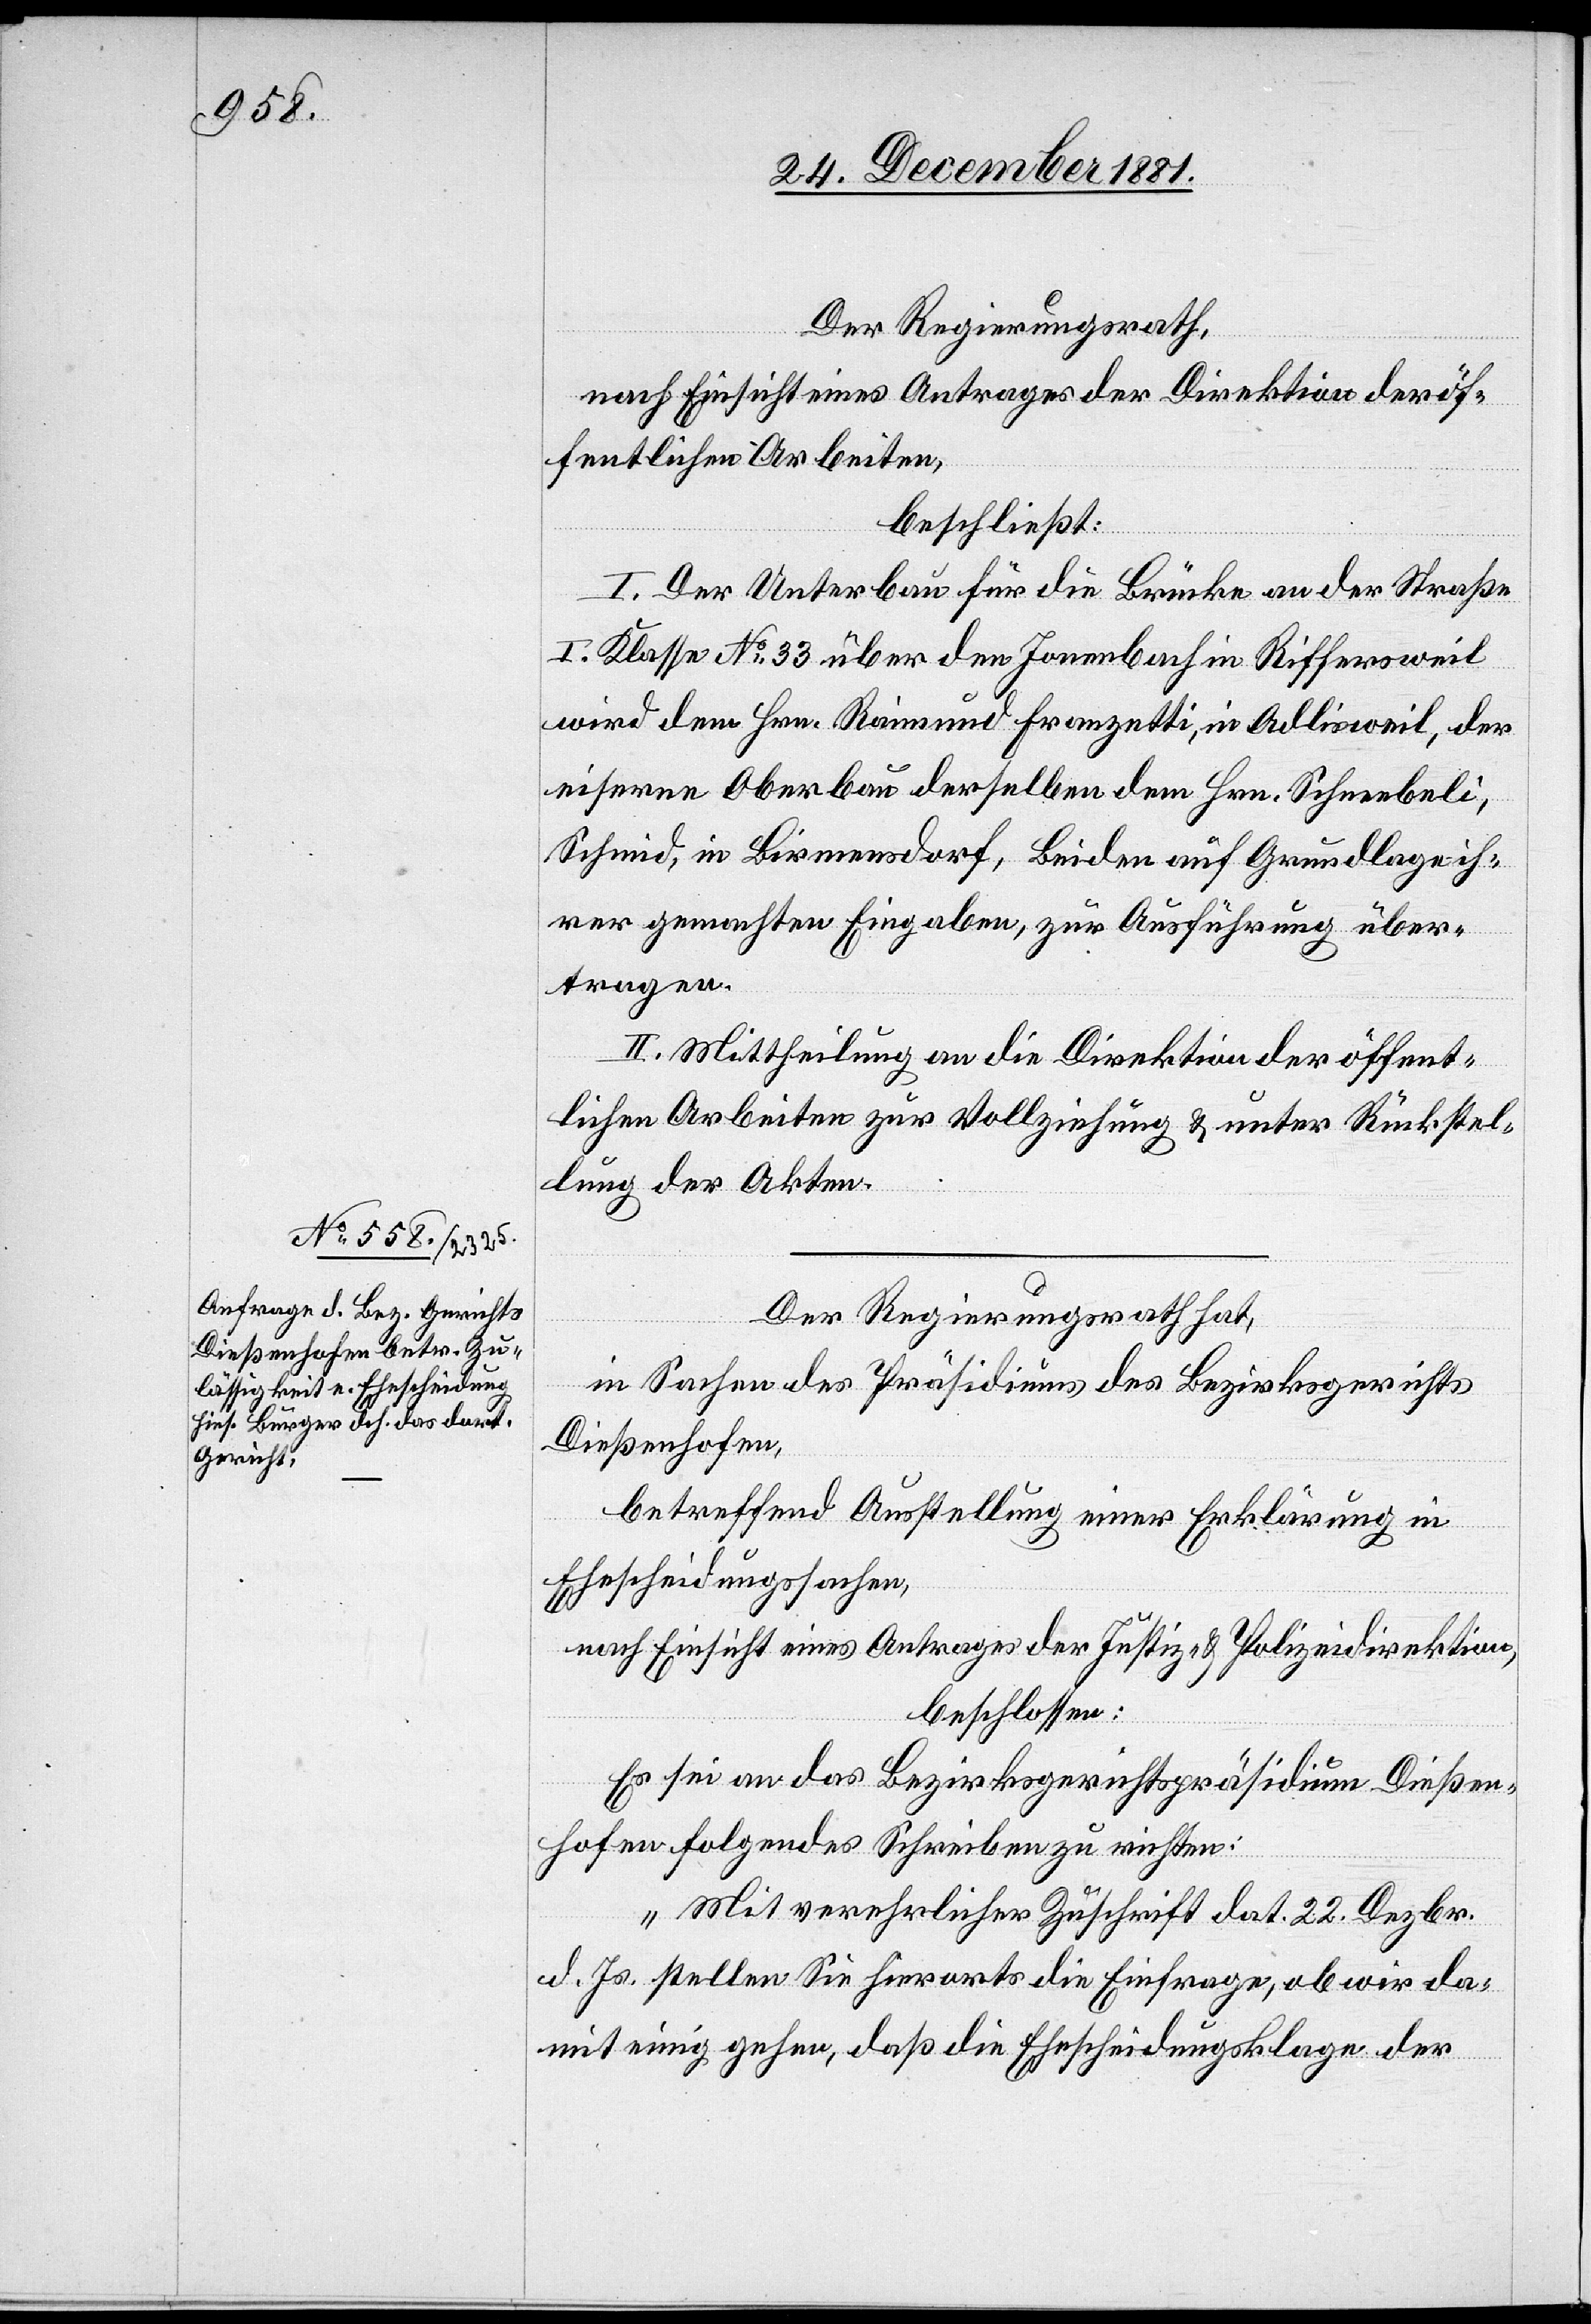
Der Regierungsrath,
nach Einsicht eines Antrages der Direktion der öf¬
fentlichen Arbeiten,
beschließt:
I. Der Unterbau für die Brücke an der Straße
I. Klasse No 33 über den Jonenbach in Riffersweil
wird dem Hrn. Raimund Franzetti, in Adlisweil, der
eiserne Oberbau derselben dem Hrn. Schneebeli,
Schmid, in Birmensdorf, Beiden auf Grundlage ih¬
rer gemachten Eingaben, zur Ausführung über¬
tragen.
II. Mittheilung an die Direktion der öffent¬
lichen Arbeiten zur Vollziehung & unter Rückstel¬
lung der Akten.
Der Regierungsrath hat,
in Sachen des Präsidiums des Bezirksgerichts
Dießenhofen,
betreffend Ausstellung einer Erklärung in
Ehescheidungssachen,
nach Einsicht eines Antrages der Justiz- & Polizeidirektion,
beschlossen:
Es sei an das Bezirksgerichtspräsidium Dießen¬
hofen folgendes Schreiben zu richten:
„Mit verehrlicher Zuschrift dat. 22. Dezbr.
d. Js. stellen Sie hierorts die Einfrage, ob wir da¬
mit einig gehen, daß die Ehescheidungsklage der